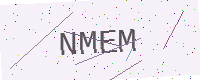
Text: NMEM